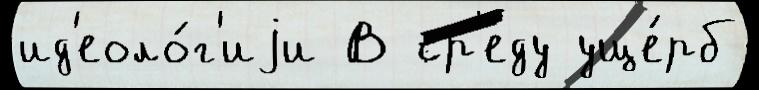
ид'еоло́г'иjи В ср'еду уще́рб